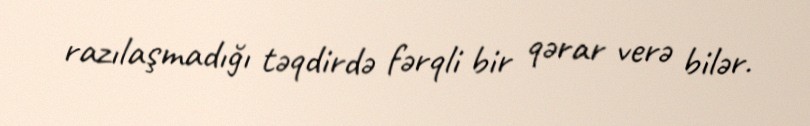
razılaşmadığı təqdirdə fərqli bir qərar verə bilər.